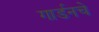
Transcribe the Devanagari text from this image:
गार्डनचे